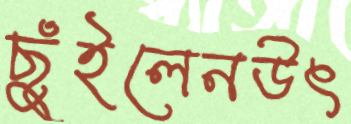
ছুঁইলেনউৎ